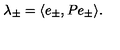
\lambda _ { \pm } = \langle e _ { \pm } , P e _ { \pm } \rangle .